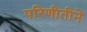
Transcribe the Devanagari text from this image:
परिणीतीने